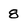
Character: 8